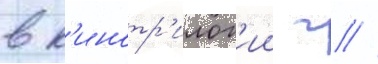
в к'инотр'илог'ии г //